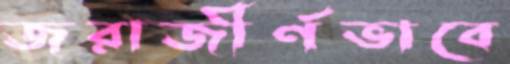
জরাজীর্ণভাবে